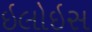
ઇલોઇસ